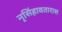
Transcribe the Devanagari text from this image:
नृसिंहावतारास